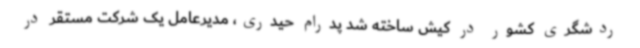
ردشگری کشور در کیش ساخته شد پدرام حیدری، مدیرعامل یک شرکت مستقر در